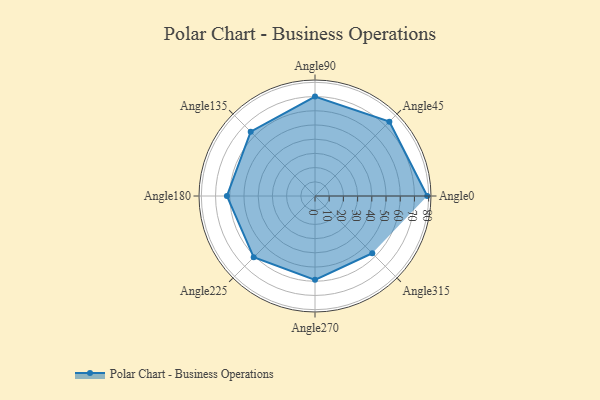
{"axis": {"x": "Angle", "y": "Radius"}, "legend": [""], "data": [{"x": "Angle0", "y": 79.0, "type": ""}, {"x": "Angle45", "y": 74.0, "type": ""}, {"x": "Angle90", "y": 70.0, "type": ""}, {"x": "Angle135", "y": 64.0, "type": ""}, {"x": "Angle180", "y": 62.0, "type": ""}, {"x": "Angle225", "y": 61.0, "type": ""}, {"x": "Angle270", "y": 59.0, "type": ""}, {"x": "Angle315", "y": 57.0, "type": ""}]}